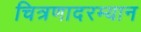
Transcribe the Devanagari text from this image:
चित्रणादरम्यान